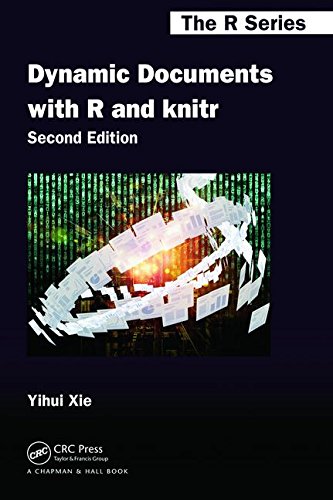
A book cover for Dynamic Documents with R and knitr, Second Edition (Chapman & Hall/CRC The R Series); Yihui Xie; Computers & Technology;